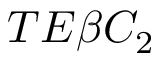
T E \beta C _ { 2 }